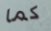
كما